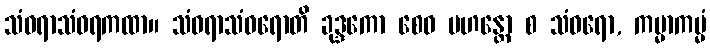
သံဝရာသံဝရကထာ။ သံဝရာသံဝရောတိ ခုဒ္ဒကော စေဝ မဟန္တော စ သံဝရော, ကမ္မာကမ္မံ